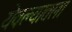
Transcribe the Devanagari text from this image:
येवल्यातला